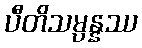
ပီတိသမ္ပန္နဿ